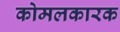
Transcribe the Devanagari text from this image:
कोमलकारक